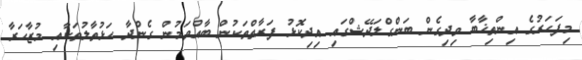
މިފަހަރުގެ އިންތިޚާބާ ވިދިގެން ބަންގްލަދޭޝްގައި އިދިކޮޅު ފަރާތްތަކުން ބާއްވަމުން ގެންދާ ހަޅުތާލުތަކާއި މުޒާހަރާ